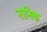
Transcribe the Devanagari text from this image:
नानिक